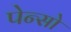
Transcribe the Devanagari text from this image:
पेन्सो